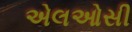
એલઓસી